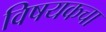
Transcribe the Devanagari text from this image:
विषयकचा